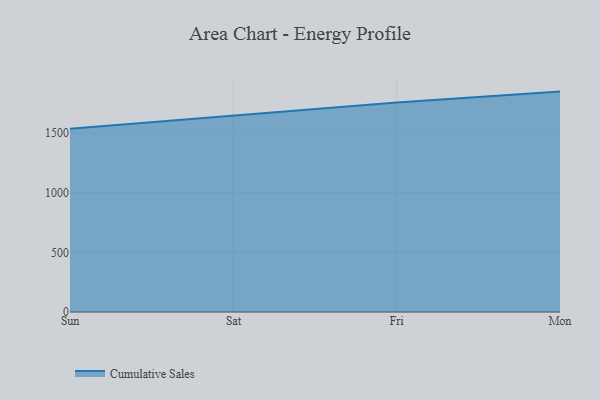
{"axis": {"x": "Day", "y": "Operating Costs (USD K)"}, "legend": ["Cumulative Sales"], "data": [{"x": "Sun", "y": 1534.8, "type": "Cumulative Sales"}, {"x": "Sat", "y": 1645.7, "type": "Cumulative Sales"}, {"x": "Fri", "y": 1755.4, "type": "Cumulative Sales"}, {"x": "Mon", "y": 1847.0, "type": "Cumulative Sales"}]}